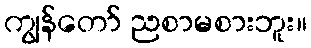
ကျွန်တော် ညစာမစားဘူး။